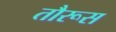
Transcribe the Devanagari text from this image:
तौरूस